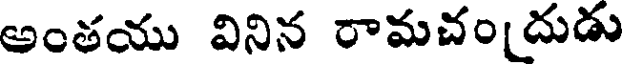
అంతయు వినిన రామచం[దుడు